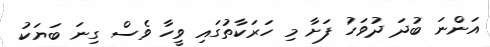
އަންނަ ބުދަ ދުވަހު ފަށާ މި ހަރަކާތުގައި ވީހާ ވެސް ގިނަ ބަޔަކު